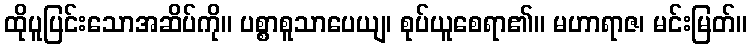
ထိုပူပြင်းသောအဆိပ်ကို။ ပစ္စာစူသာပေယျ၊ စုပ်ယူစေရာ၏။ မဟာရာဇ၊ မင်းမြတ်။